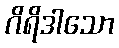
ဂိရိဒါသော